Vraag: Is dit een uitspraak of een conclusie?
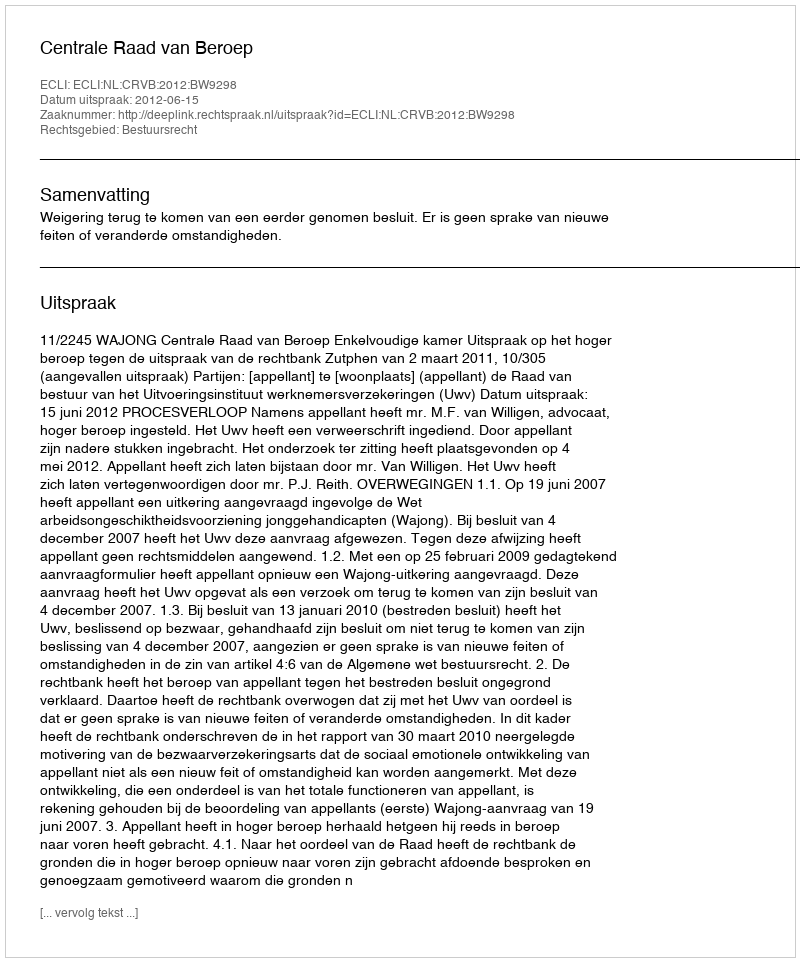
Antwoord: Uitspraak